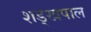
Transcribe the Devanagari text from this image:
शड्खपाल